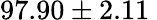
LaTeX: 97.90\pm 2.11\